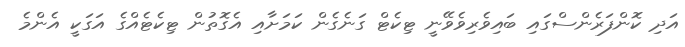
އަދި ކޮންފަރެންސްގައި ބައިވެރިވެވޭނީ ޓިކެޓް ގަނެގެން ކަމަށާއި އެގޮތުން ޓިކެޓެއްގެ އަގަކީ އެންމެ